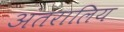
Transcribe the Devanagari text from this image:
अंतरालिय